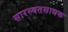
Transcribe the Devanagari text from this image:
सारस्वतसाधक